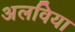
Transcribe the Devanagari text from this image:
अलविया